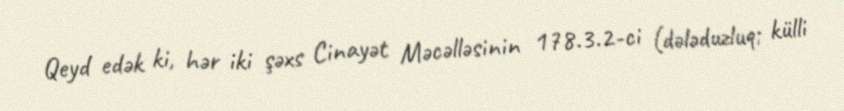
Qeyd edək ki, hər iki şəxs Cinayət Məcəlləsinin 178.3.2-ci (dələduzluq; külli